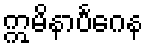
ဣမိနာပင်္ဂေန